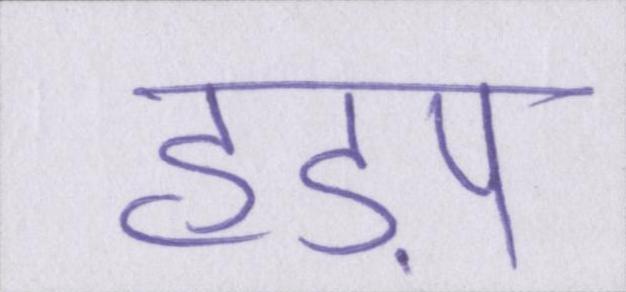
हड़प